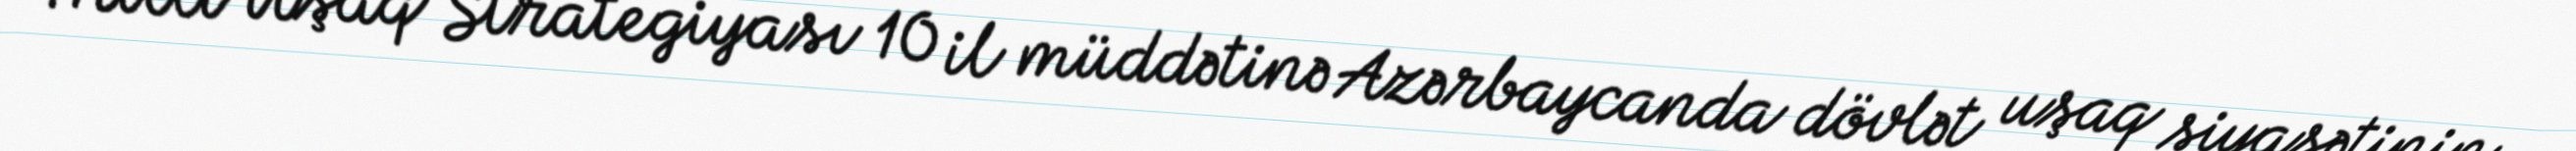
Milli Uşaq Strategiyası 10 il müddətinə Azərbaycanda dövlət uşaq siyasətinin